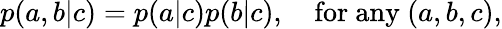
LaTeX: \begin{array}{r}{p(a,b|c)=p(a|c)p(b|c),\quad\mathrm{for~any~}(a,b,c),}\end{array}